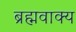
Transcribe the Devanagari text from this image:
ब्रह्मवाक्‍य